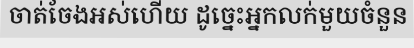
ចាត់ចែងអស់ហើយ ដូច្នេះអ្នកលក់មួយចំនួន